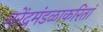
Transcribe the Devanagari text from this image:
नरेंद्रमंडळाकरितां